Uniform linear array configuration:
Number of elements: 64
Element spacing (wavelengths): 0.5
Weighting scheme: kaiser
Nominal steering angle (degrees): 15
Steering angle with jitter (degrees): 13.658
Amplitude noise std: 0.05
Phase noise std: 0.05

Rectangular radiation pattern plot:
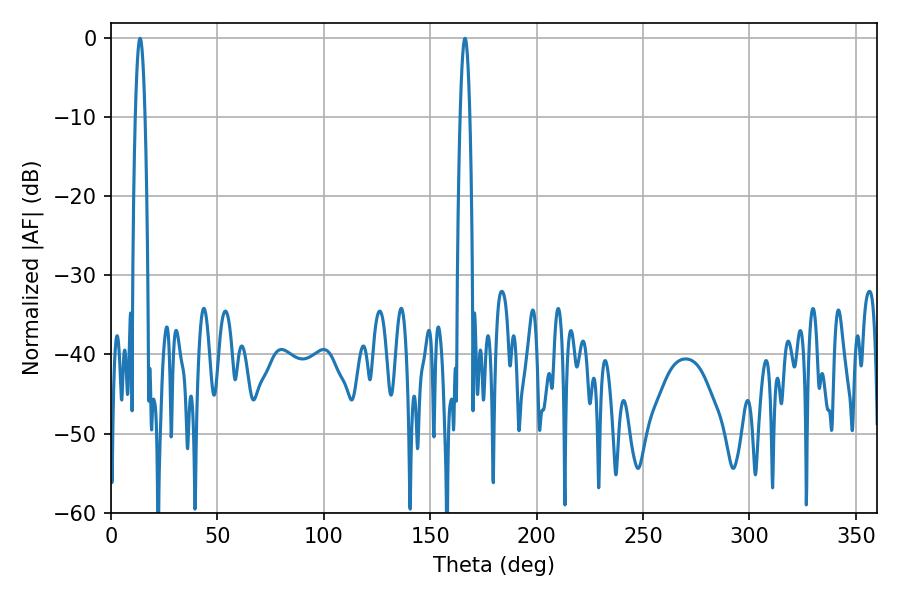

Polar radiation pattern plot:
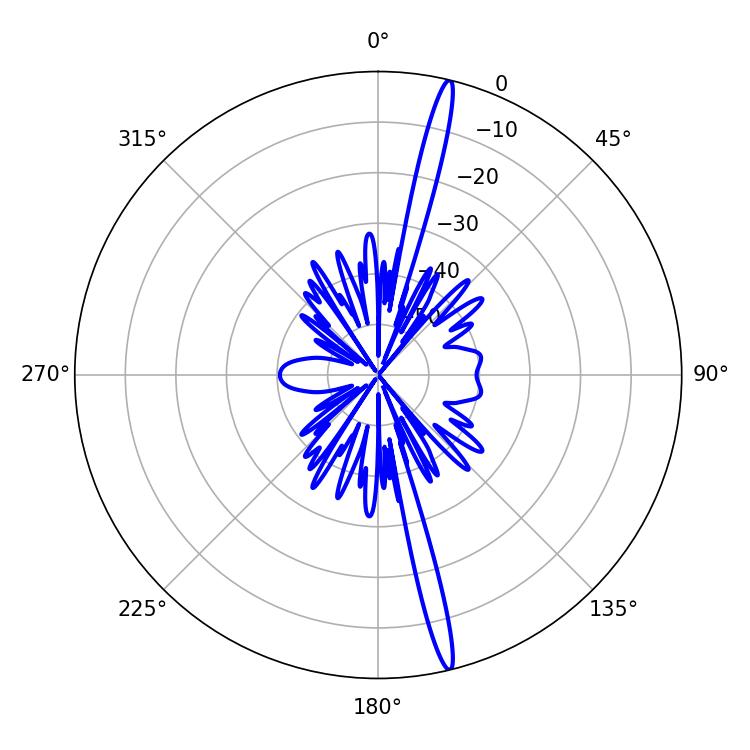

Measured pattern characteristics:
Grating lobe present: FALSE
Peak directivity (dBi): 19.456
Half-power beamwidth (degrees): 2.52
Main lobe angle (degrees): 13.68